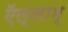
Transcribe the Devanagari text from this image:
ऍल्लाम्‌